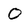
Character: o